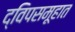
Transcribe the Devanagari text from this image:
द्विपसमूहात